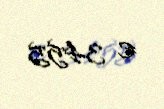
€ 3455